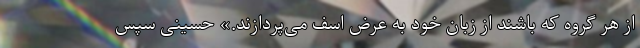
از هر گروه که باشند از زبان خود به عرض اسف می‌پردازند.» حسینی سپس